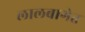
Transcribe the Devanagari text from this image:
लालबागेत